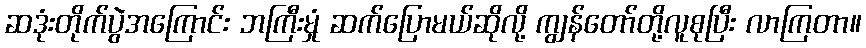
ဆဒုံးတိုက်ပွဲအကြောင်း ဘကြီးမှုံ ဆက်ပြောမယ်ဆိုလို့ ကျွန်တော်တို့လူစုပြီး လာကြတာ။